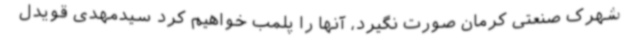
شهرک صنعتی کرمان صورت نگیرد، آنها را پلمب خواهیم کرد سیدمهدی قویدل